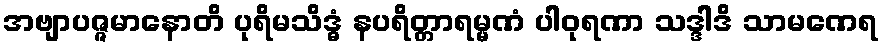
အဗျာပဇ္ဇမာနောတိ ပုရိမသိဒ္ဓံ နပရိတ္တာရမ္မဏံ ပါဝုရဏာ သဒ္ဒါဒိ သာမဏေရ